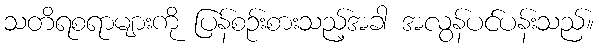
သတိရစရာများကို ပြန်စဉ်းစားသည့်အခါ အလွန်ပင်ပန်းသည်။